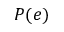
P ( e )